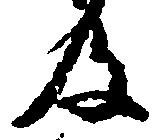
及